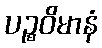
ပဉ္စဝိမာနံ